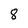
Character: 8